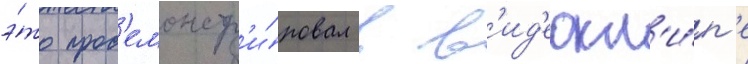
э́то прод'емонстр'и́ровал в в'ид'еокл'и́п'е